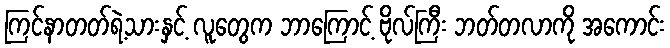
ကြင်နာတတ်ရဲ့သားနှင့် လူတွေက ဘာကြောင့် ဗိုလ်ကြီး ဘတ်တလာကို အကောင်း